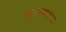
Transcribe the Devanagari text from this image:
भागवण्याकरता